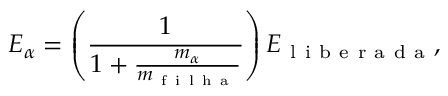
E _ { \alpha } = \left( \frac { 1 } { 1 + \frac { m _ { \alpha } } { m _ { \mathrm { ~ f ~ i ~ l ~ h ~ a ~ } } } } \right) E _ { \mathrm { ~ l ~ i ~ b ~ e ~ r ~ a ~ d ~ a ~ } } ,